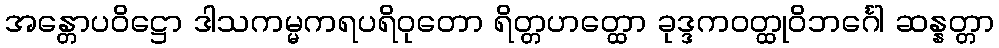
အန္တောပဝိဋ္ဌော ဒါသကမ္မကရပရိဝုတော ရိတ္တဟတ္ထော ခုဒ္ဒကဝတ္ထုဝိဘင်္ဂေါ ဆန္နတ္တာ